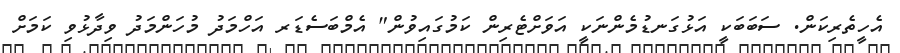
އެހީތެރިކަން. ސަބަބަކީ އަޅުގަނޑުމެންނަކީ އަވަށްޓެރިން ކަމުގައިވުން" އެމްބަސެޑަރ އަހްމަދު މުހަންމަދު ވިދާޅުވި ކަމަށް